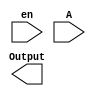
module division (
   input en, // Clock Enable
   input [7:0] A,
   output [7:0] Output
);

reg [7:0] temp_Output;

always @(en or A)
begin
    if(en==1)
    begin
        temp_Output=1>>A;
        temp_Output[7]=A[7];
    end
end
endmodule